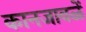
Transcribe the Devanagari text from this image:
कानजावळें